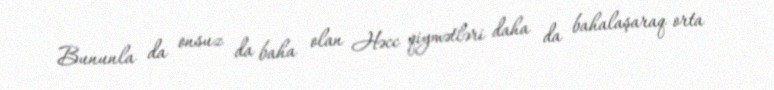
Bununla da onsuz da baha olan Həcc qiymətləri daha da bahalaşaraq orta